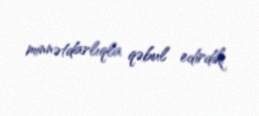
minnətdarlıqla qəbul edirdik.